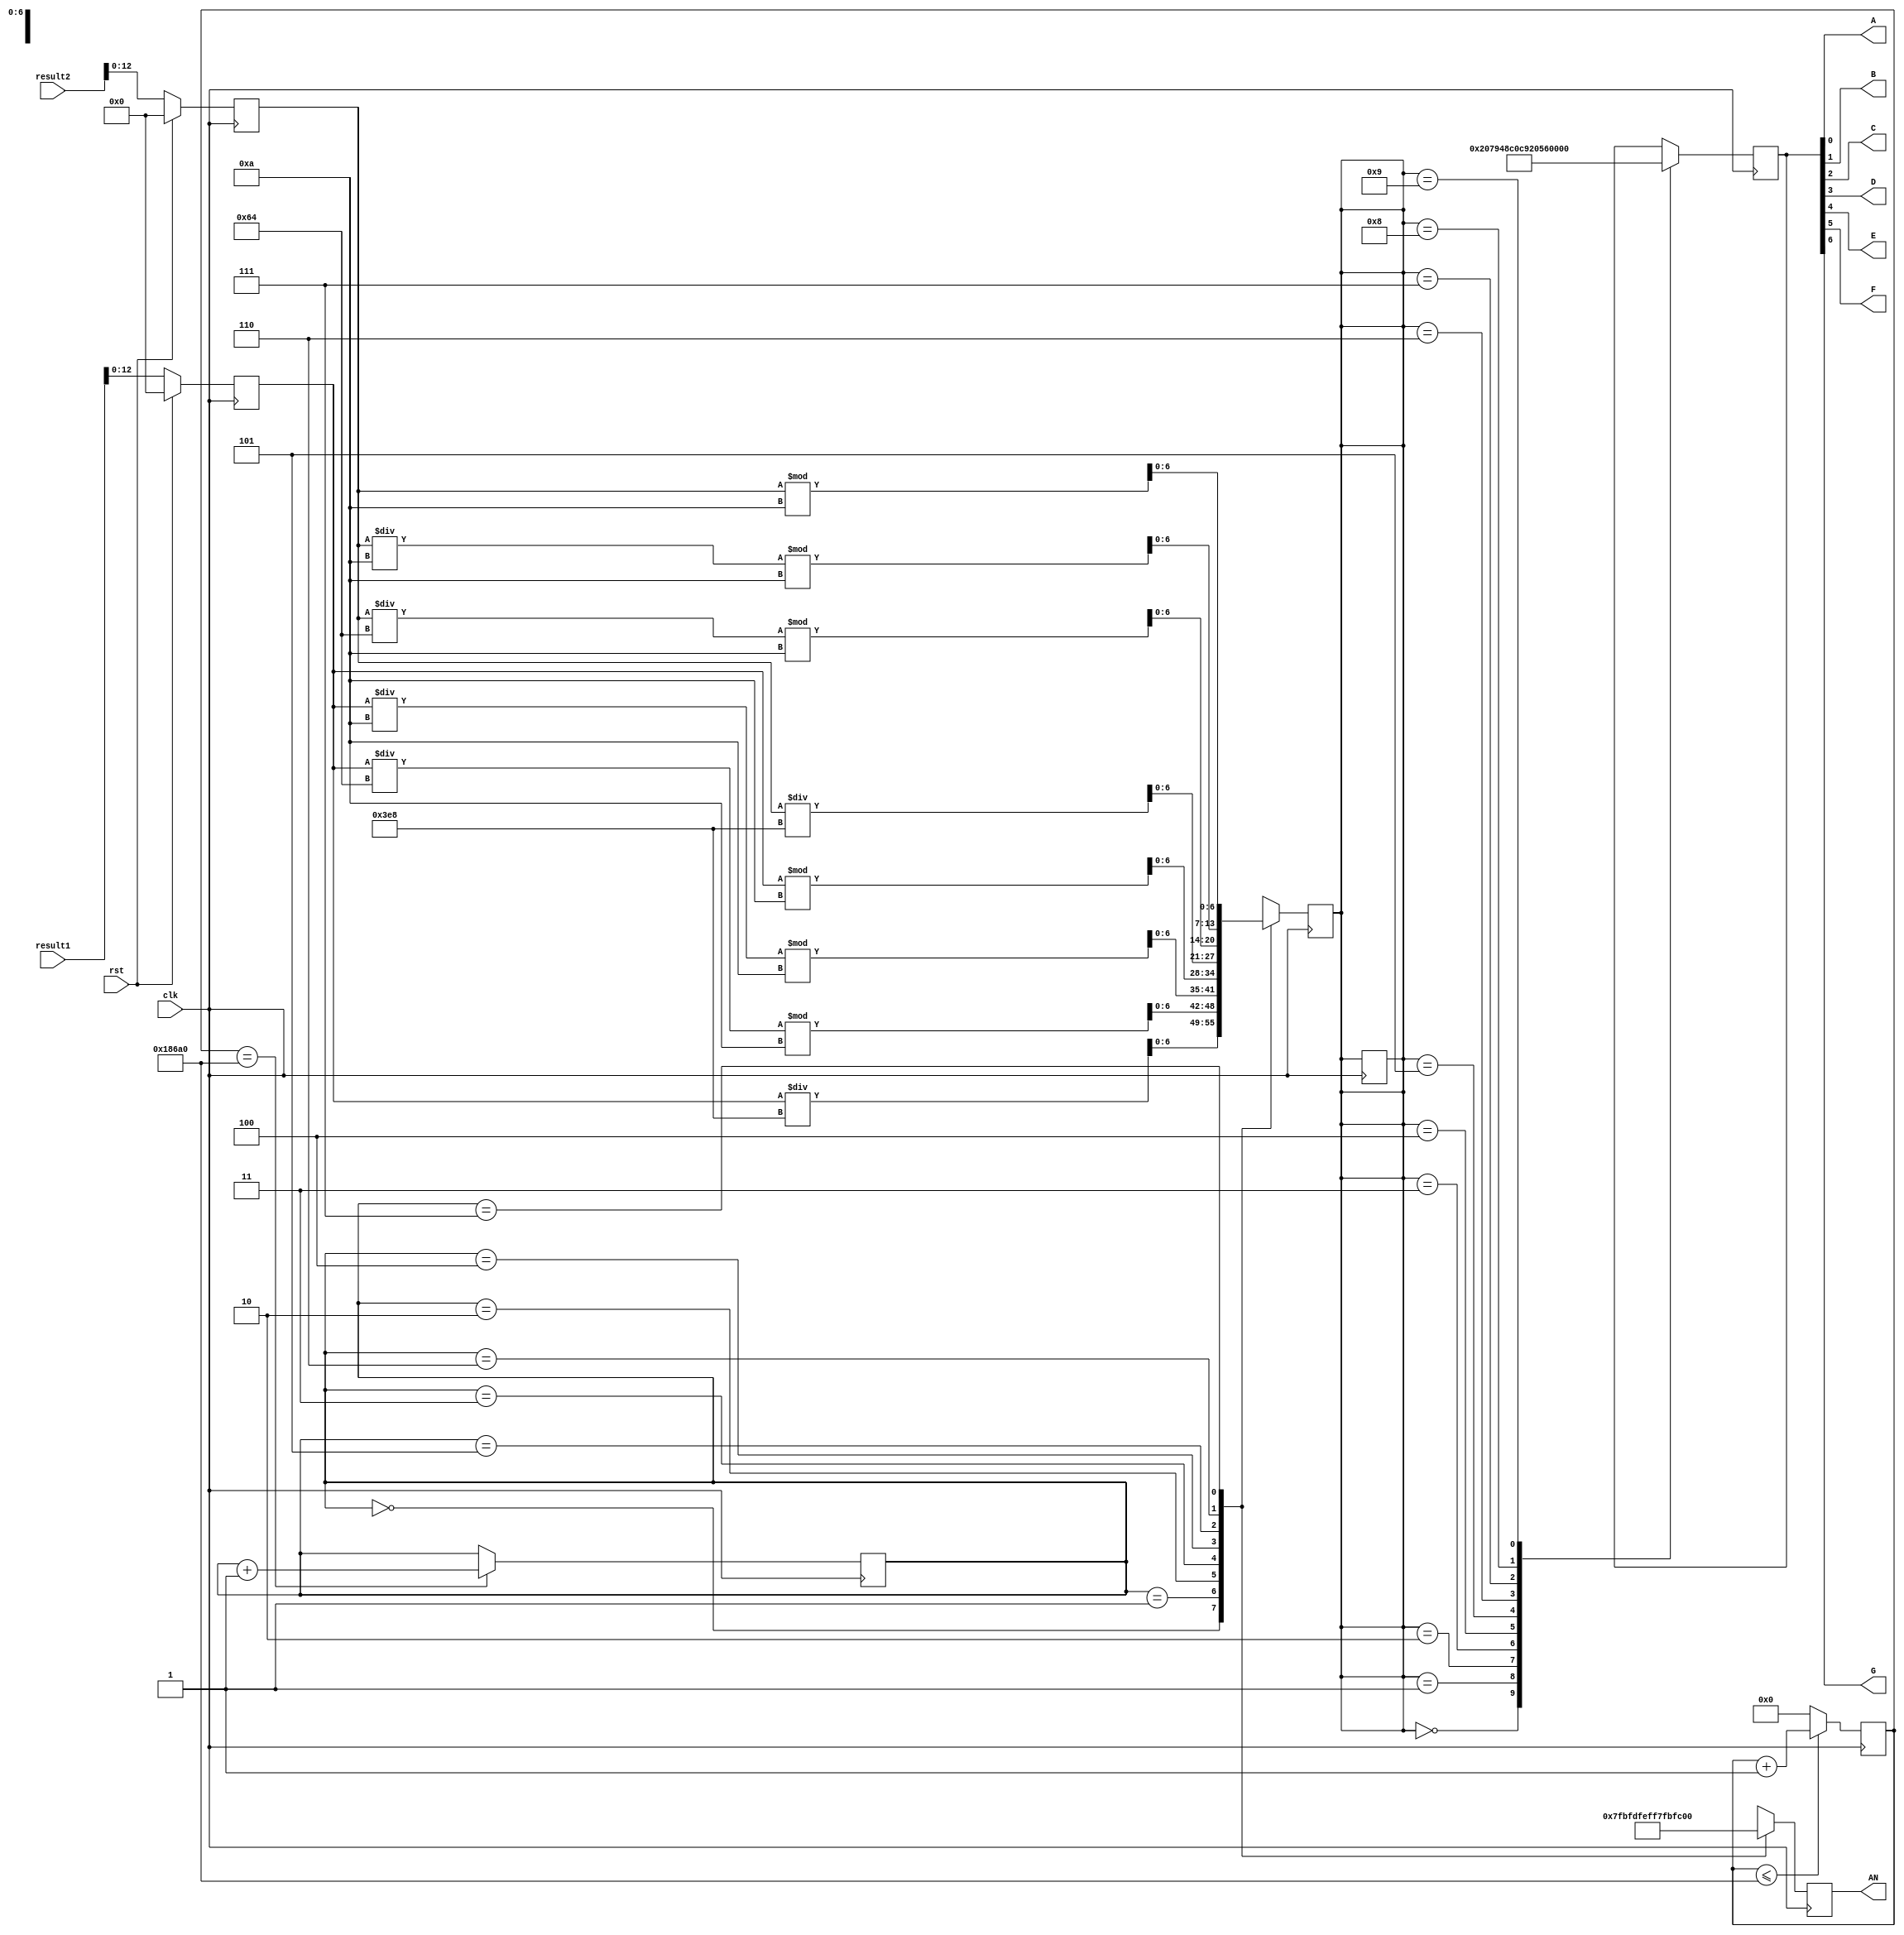
`timescale 1ns / 1ps
//////////////////////////////////////////////////////////////////////////////////
// Company: 
// Engineer: 
// 
// Design Name: 
// Module Name: top
// Project Name: 
// Target Devices: 
// Tool Versions: 
// Description: 
// 
// Dependencies: 
// 
// Revision:
// Revision 0.01 - File Created
// Additional Comments:
// 
//////////////////////////////////////////////////////////////////////////////////

module top(
    clk, 
	rst,
	result1,
	result2,
	
    AN,
    A,
    B,
    C,
    D,
    E,
    F,
    G
);

input clk, rst;
input [31:0] result1, result2;

output A, B, C, D, E, F, G;
output reg [7:0] AN;
reg [20:0] counter;
reg [2:0] state;
reg [6:0] seg_number,seg_data;
reg [12:0] answer_number1, answer_number2;

always@(posedge clk)begin
	if(rst) begin
		answer_number1 <= 13'd0;
		answer_number2 <= 13'd0;
	end
	else begin
		  answer_number1 <= result1[12:0];
		  answer_number2 <= result2[12:0];
	end
end

// Anode control signal
always@(posedge clk) begin
  counter <= (counter<=100000) ? (counter + 1) : 0;
  state   <= (counter==100000) ? (state + 1)  : state;
    // maximum input is 2^13 - 1 = 8191
	case(state)
		0:begin
			seg_number <= answer_number1/1000;
			AN <= 8'b0111_1111;
		end
		1:begin
			seg_number <= (answer_number1/100)%10;
			AN <= 8'b1011_1111;
		end
		2:begin
			seg_number <= (answer_number1/10)%10;
			AN <= 8'b1101_1111;
		end
		3:begin
			seg_number <= answer_number1%10;
			AN <= 8'b1110_1111;
		end
		4:begin
			seg_number <= answer_number2/1000;
			AN <= 8'b1111_0111;
		end
		5:begin
			seg_number <= (answer_number2/100)%10;
			AN <= 8'b1111_1011;
		end
		6:begin
			seg_number <= (answer_number2/10)%10;
			AN <= 8'b1111_1101;
		end
		7:begin
			seg_number <= answer_number2%10;
			AN <= 8'b1111_1110;
		end
		default: state <= state;
	endcase 
end  

//7-segment display control cathode
assign {G,F,E,D,C,B,A} = seg_data;
always@(posedge clk) begin  
  case(seg_number)
	16'd0:seg_data <= 7'b1000000;
	16'd1:seg_data <= 7'b1111001;
	16'd2:seg_data <= 7'b0100100;
	16'd3:seg_data <= 7'b0110000;
	16'd4:seg_data <= 7'b0011001;
	16'd5:seg_data <= 7'b0010010;
	16'd6:seg_data <= 7'b0000010;
	16'd7:seg_data <= 7'b1011000;
	16'd8:seg_data <= 7'b0000000;
	16'd9:seg_data <= 7'b0010000;
	default: seg_number <= seg_number;
  endcase
end
endmodule